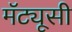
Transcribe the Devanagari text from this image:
मॅट्यूसी